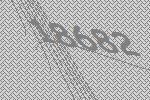
18682